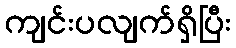
ကျင်းပလျက်ရှိပြီး